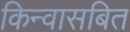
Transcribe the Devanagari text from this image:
किन्वासबित